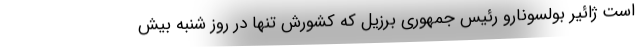
است ژائیر بولسونارو رئیس جمهوری برزیل که کشورش تنها در روز شنبه بیش